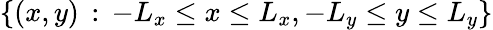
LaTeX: \{ (x,y)\, :\, -L_{x}\leq x\leq L_{x},-L_{y}\leq y\leq L_{y}\}